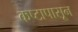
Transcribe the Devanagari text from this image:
कष्टापासून